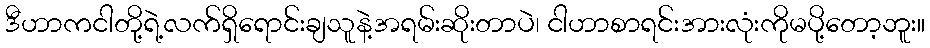
ဒီဟာကငါတို့ရဲ့လက်ရှိရောင်းချသူနဲ့အရမ်းဆိုးတာပဲ၊ ငါဟာစာရင်းအားလုံးကိုမပို့တော့ဘူး။